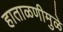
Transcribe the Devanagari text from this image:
हाताळणीमुळे